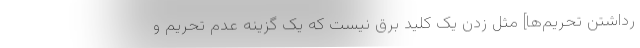
رداشتن تحریم‌ها] مثل زدن یک کلید برق نیست که یک گزینه عدم تحریم و